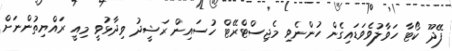
ފޭދޫ ކޯޓާ ހަވާލުވެވަޑައިގެން ހުންނެވި މެޖިސްޓްރޭޓް ހުސައިން ރަޝީދު ވިދާޅުވީ މިއީ ރައްޔިތުންނަށް